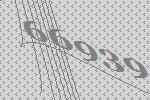
66939